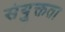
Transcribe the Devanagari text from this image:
संयु्क्तता